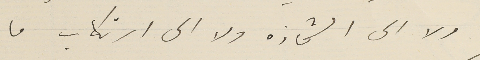
ولا الى الشحاذه ولا الى ارتكاب ما